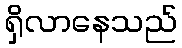
ရှိလာနေသည်